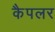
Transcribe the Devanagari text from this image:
कैपलर